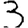
Digit: 3